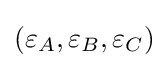
(\varepsilon _{A},\varepsilon _{B},\varepsilon _{C})